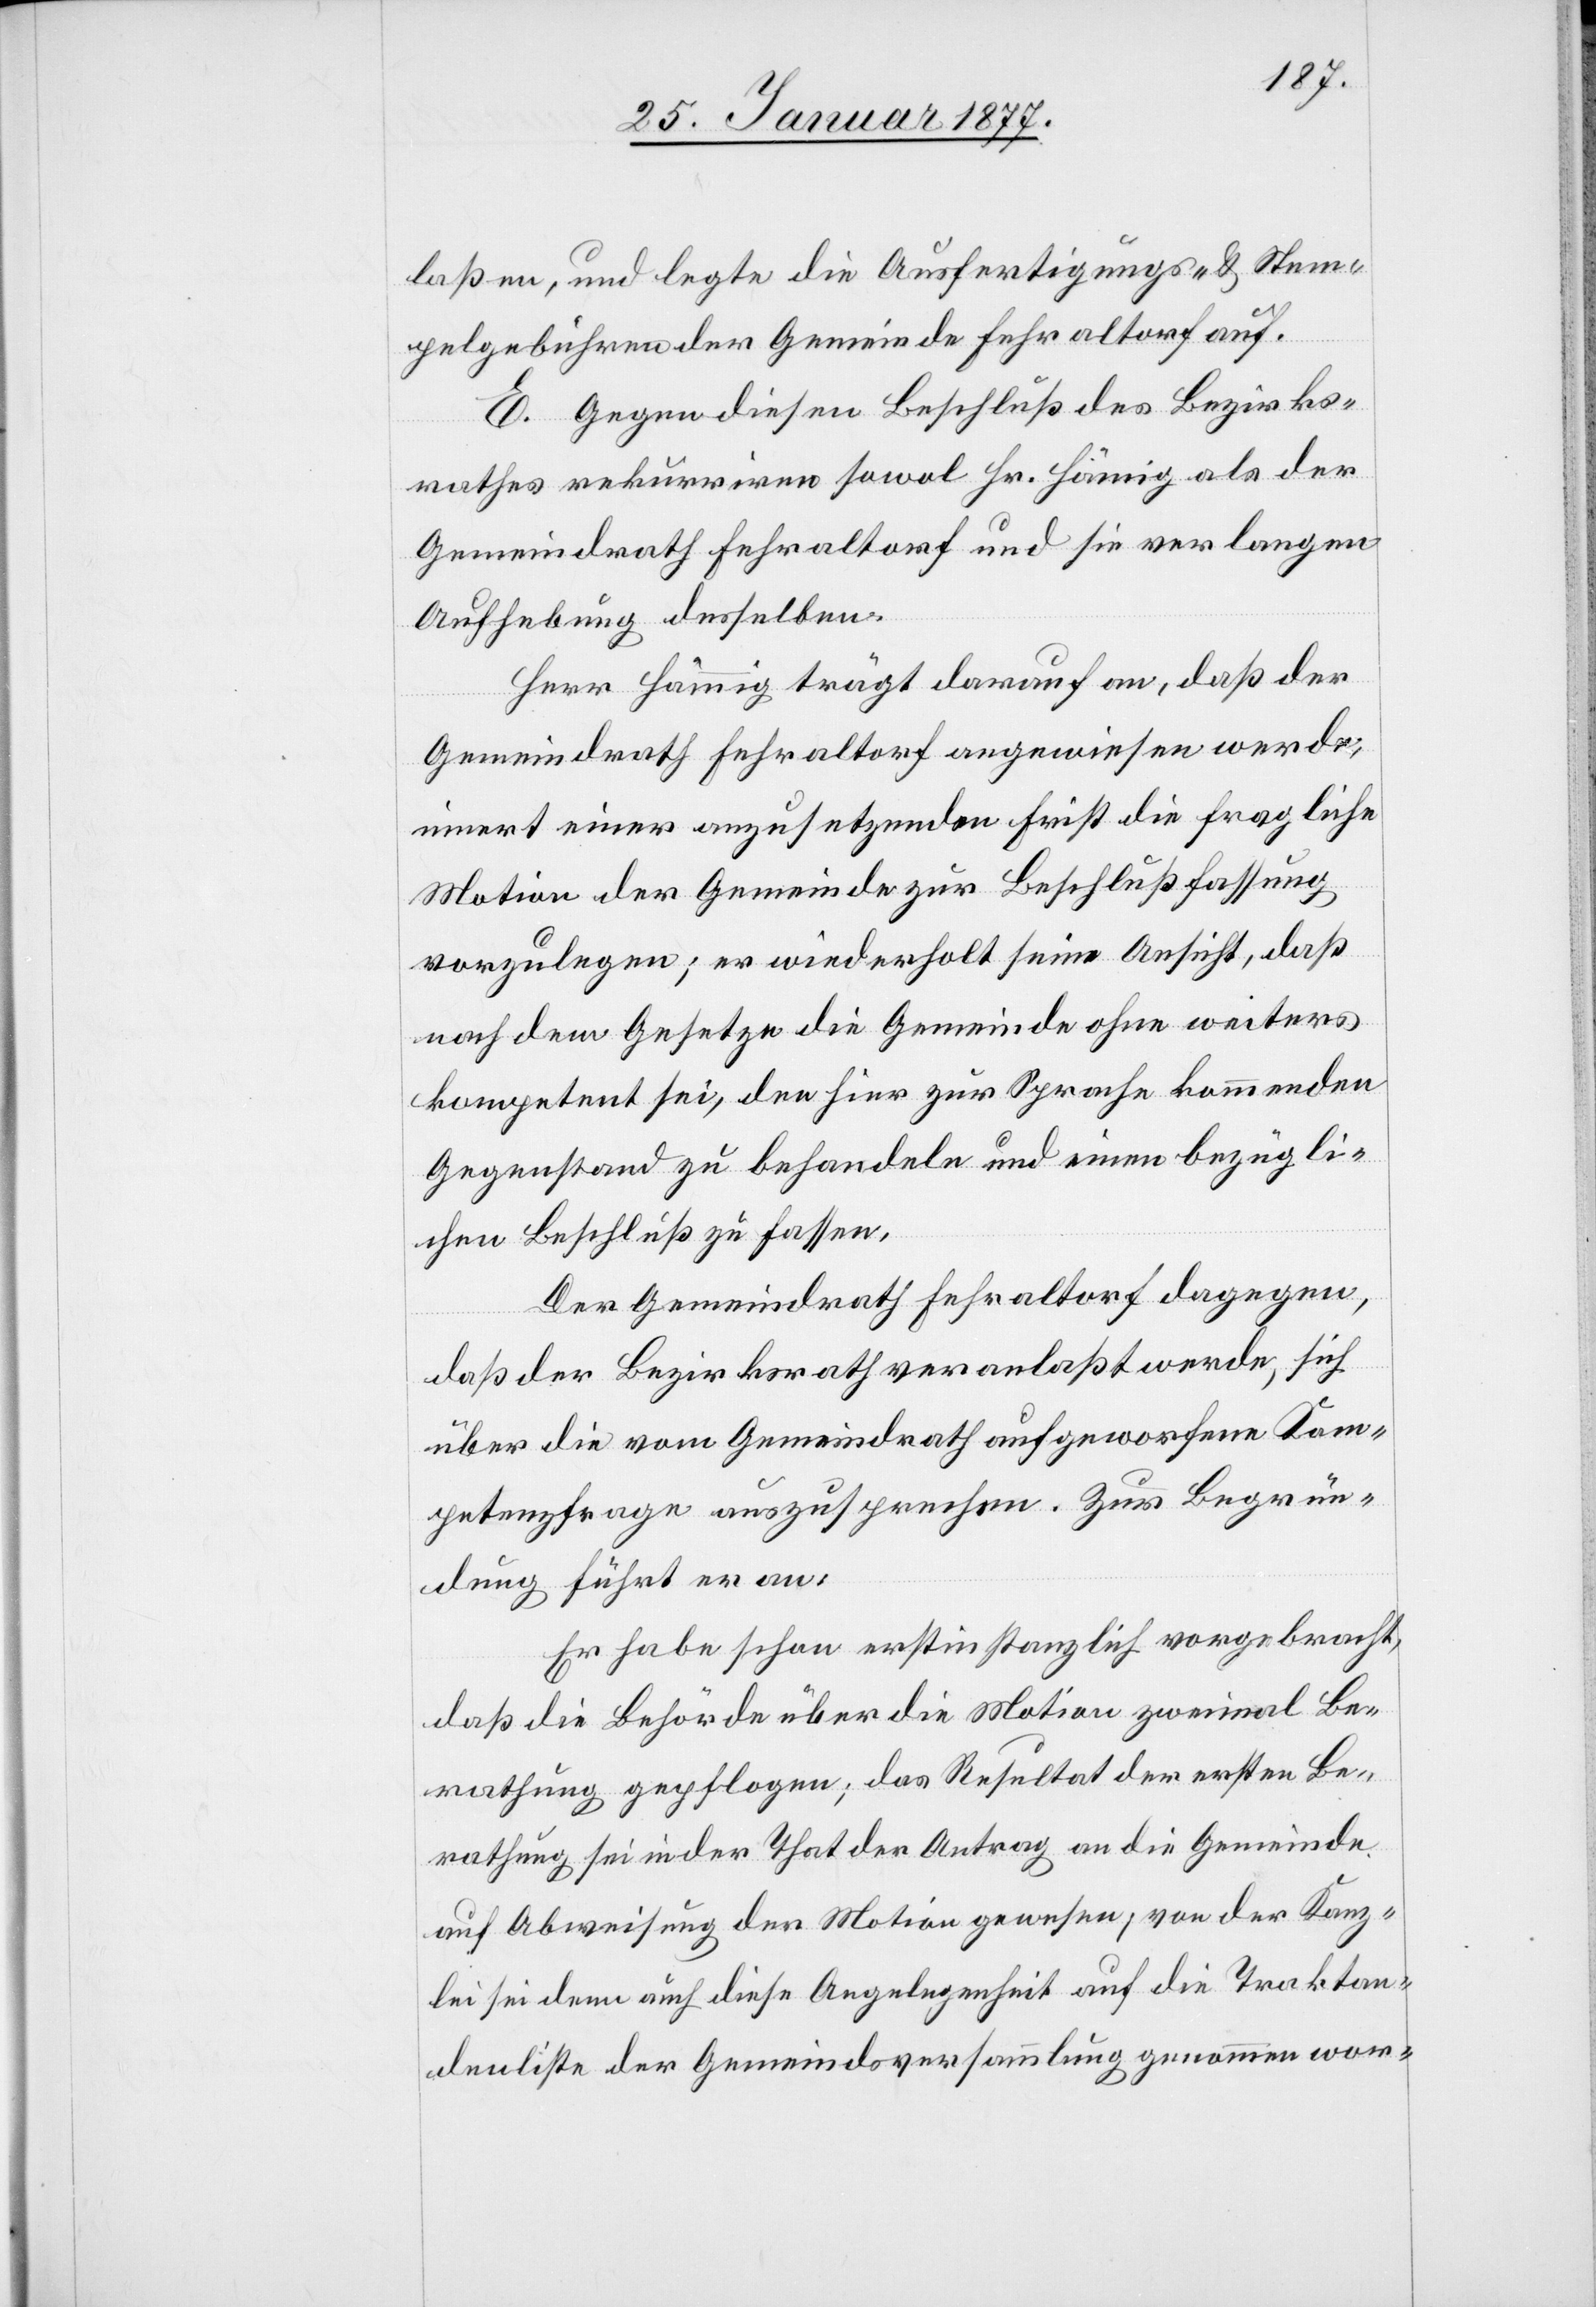
laßen, und legte die Ausfertigungs- & Stem¬
pelgebühren der Gemeinde Fehraltorf auf.
E. Gegen diesen Beschluß des Bezirks¬
rathes rekurriren sowol Hr. Hämig als der
Gemeindrath Fehraltorf und sie verlangen
Aufhebung desselben.
Herr Hämmig trägt darauf an, daß der
Gemeindrath Fehraltorf angewiesen werde,
innert einer anzusetzenden Frist die fragliche
Motion der Gemeinde zur Beschlußfassung
vorzulegen; er wiederholt seine Ansicht, daß
nach dem Gesetze die Gemeinde ohne weiters
kompetent sei, den hier zur Sprache kommenden
Gegenstand zu behandeln und einen bezügli¬
chen Beschluß zu fassen.
Der Gemeindrath Fehraltorf dagegen,
daß der Bezirksrath veranlaßt werde, sich
über die vom Gemeindrath aufgeworfene Kom¬
petenzfrage auszusprechen. Zur Begrün¬
dung fügt er an:
Er habe schon erstinstanzlich vorgebracht,
daß die Behörde über die Motion zweimal Be¬
rathung gepflogen; das Resultat der ersten Be¬
rathung sei in der That der Antrag an die Gemeinde
auf Abweisung der Motion gewesen; von der Kanz¬
lei sei dann auch diese Angelegenheit auf die Traktan¬
denliste der Gemeindsversammlung genommen wor-